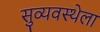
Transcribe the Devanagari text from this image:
सुव्यवस्थेला